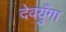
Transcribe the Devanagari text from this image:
देवयुँगा